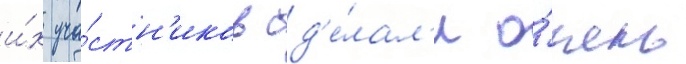
и́х уча́стн'иков сд'е́лал'и о́чень